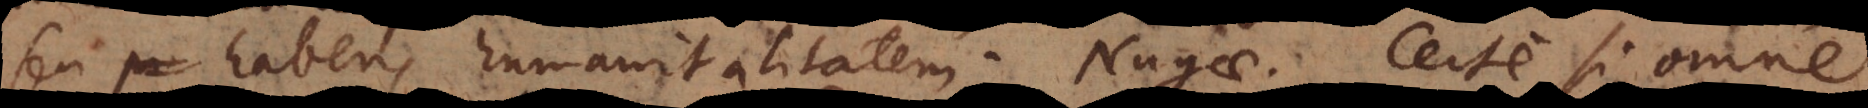
seu habens humanitalitatem. Nugae. Certe si omne